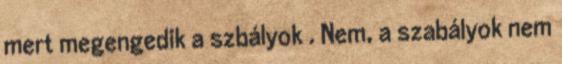
mert megengedik a szbályok . Nem, a szabályok nem